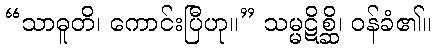
“သာဓူတိ၊ ကောင်းပြီဟု။” သမ္မဋိစ္ဆိ၊ ဝန်ခံ၏။